Vaccination North-Western Provinces 1866-1877 - 1866-1877
Year: 1866
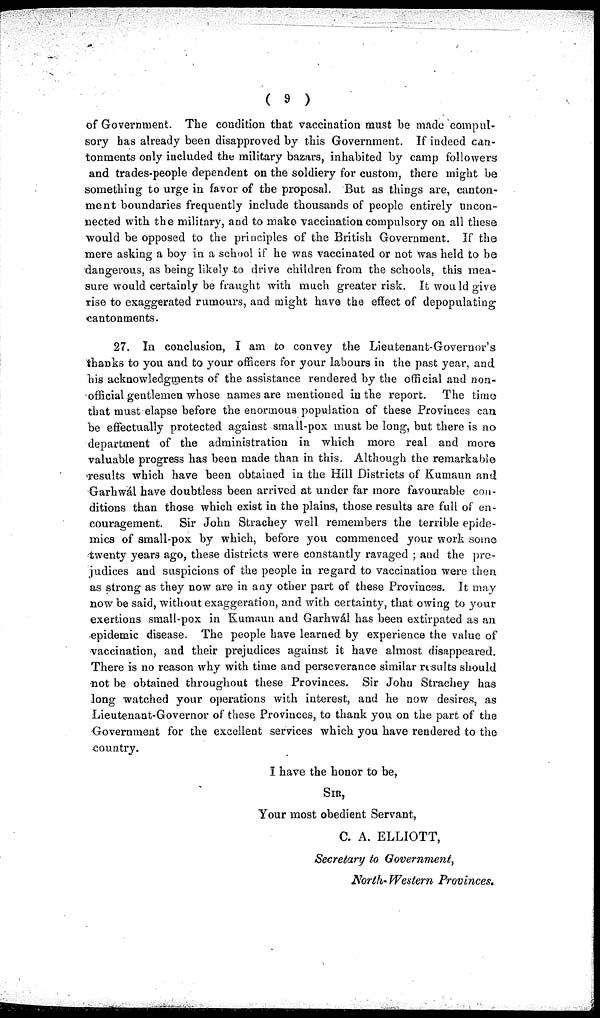
( 9 )
of Government. The condition that vaccination must be made compul-
sory has already been disapproved by this Government. If indeed can-
tonments only included the military bazars, inhabited by camp followers
and trades-people dependent on the soldiery for custom, there might be
something to urge in favor of the proposal. But as things are, canton-
ment boundaries frequently include thousands of people entirely uncon-
nected with the military, and to make vaccination compulsory on all these
would be opposed to the principles of the British Government. If the
mere asking a boy in a school if he was vaccinated or not was held to be
dangerous, as being likely to drive children from the schools, this mea-
sure would certainly be fraught with much greater risk. It would give
rise to exaggerated rumours, and might have the effect of depopulating
cantonments.
27. In conclusion, I am to convey the Lieutenant-Governor's
thanks to you and to your officers for your labours in the past year, and
his acknowledgments of the assistance rendered by the official and non-
official gentlemen whose names are mentioned in the report. The time
that must elapse before the enormous population of these Provinces can
be effectually protected against small-pox must be long, but there is no
department of the administration in which more real and more
valuable progress has been made than in this. Although the remarkable
results which have been obtained in the Hill Districts of Kumaun and
Garhwal have doubtless been arrived at under far more favourable con-
ditions than those which exist in the plains, those results are full of en-
couragement. Sir John Strachey well remembers the terrible epide-
mics of small-pox by which, before you commenced your work some
twenty years ago, these districts were constantly ravaged ; and the pre-
judices and suspicions of the people in regard to vaccination were then
as strong as they now are in any other part of these Provinces. It may
now be said, without exaggeration, and with certainty, that owing to your
exertions small-pox in Kumaun and Garhwál has been extirpated as an
epidemic disease. The people have learned by experience the value of
vaccination, and their prejudices against it have almost disappeared.
There is no reason why with time and perseverance similar results should
not be obtained throughout these Provinces. Sir John Strachey has
long watched your operations with interest, and he now desires, as
Lieutenant-Governor of these Provinces, to thank you on the part of the
Government for the excellent services which you have rendered to the
country.
I have the honor to be,
SIR,
Your most obedient Servant,
C. A. ELLIOTT,
Secretary to Government,
North- Western Provinces.